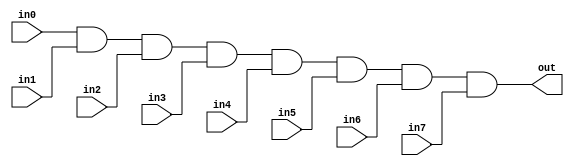
module EightInputAND(
    input wire in0,
    input wire in1,
    input wire in2,
    input wire in3,
    input wire in4,
    input wire in5,
    input wire in6,
    input wire in7,
    output wire out
);

assign out = in0 & in1 & in2 & in3 & in4 & in5 & in6 & in7;

endmodule